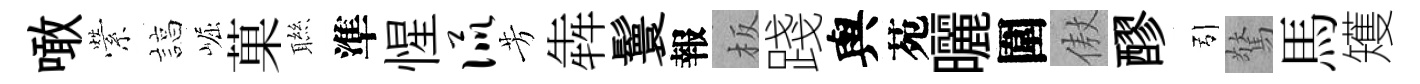
噉縈諄崛菓聮準惺侃芳犇鬟報板踐與苑曬圍傲醪引驚馬矱